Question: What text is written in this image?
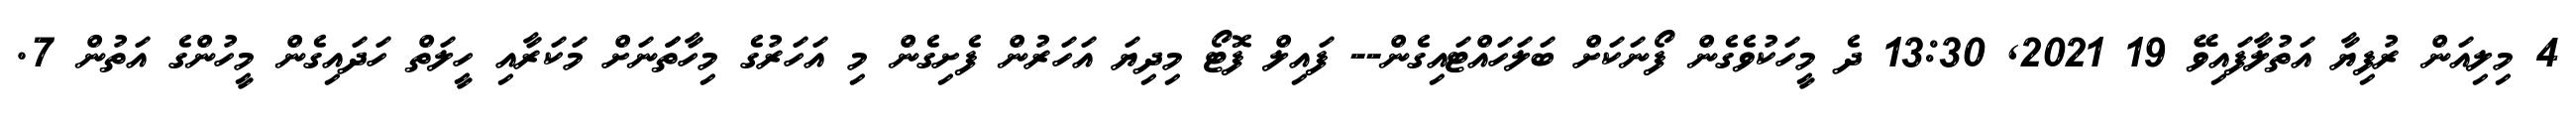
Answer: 4 މިލިއަން ރުފިޔާ އަތުލާފައިވޭ 19 2021, 13:30 ދެ މީހަކުވެގެން ފޯނަކަށް ބަލަހައްޓައިގެން-- ފައިލް ފޮޓޯ މިދިޔަ އަހަރުން ފެށިގެން މި އަހަރުގެ މިހާތަަނަށް މަކަރާއި ހީލަތް ހަދައިގެން މީހުންގެ އަތުން 7.